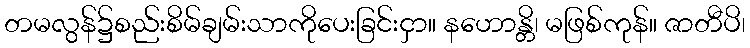
တမလွန်၌စည်းစိမ်ချမ်းသာကိုပေးခြင်းငှာ။ နဟောန္တိ၊ မဖြစ်ကုန်။ ဇာတီပိ၊